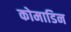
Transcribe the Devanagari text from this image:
कोमाडिन